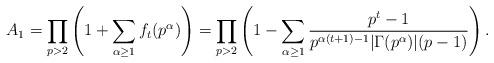
LaTeX: \begin{align*}A_1= \prod_{\substack{p>2}}\left(1+\sum_{\alpha\ge1}f_t(p^\alpha)\right)= \prod_{\substack{p>2}}\left(1-\sum_{\alpha\ge1}\frac{p^t-1}{p^{\alpha(t+1)-1}|\Gamma(p^\alpha)|(p-1)}\right).\end{align*}